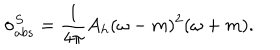
\sigma _ { a b s } ^ { S } = \frac { 1 } { 4 \pi } A _ { h } ( \omega - m ) ^ { 2 } ( \omega + m ) .